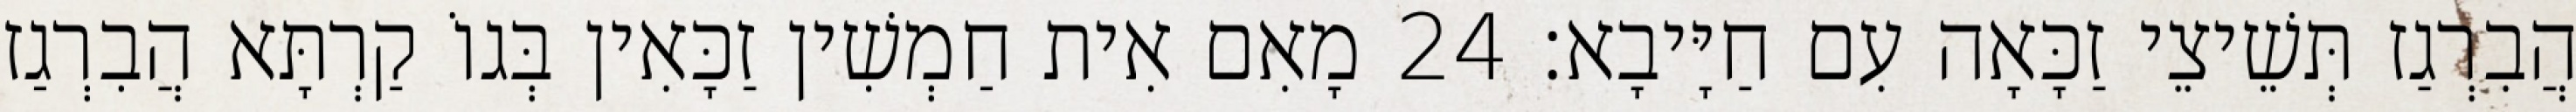
הֲבִרְגַז תְּשֵׁיצֵי זַכָּאָה עִם חַיָּיבָא׃ 24 מָאִם אִית חַמְשִׁין זַכָּאִין בְּגוֹ קַרְתָּא הֲבִרְגַז